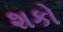
શકો